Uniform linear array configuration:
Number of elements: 32
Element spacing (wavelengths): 1
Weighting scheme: cosine
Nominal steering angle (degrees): -45
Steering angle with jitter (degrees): -44.936
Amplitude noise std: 0.05
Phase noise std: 0.05

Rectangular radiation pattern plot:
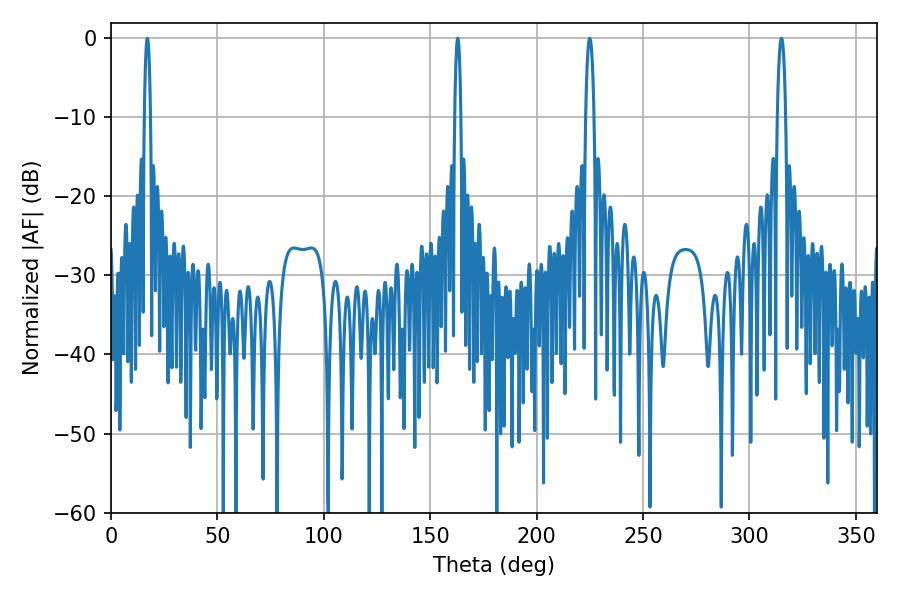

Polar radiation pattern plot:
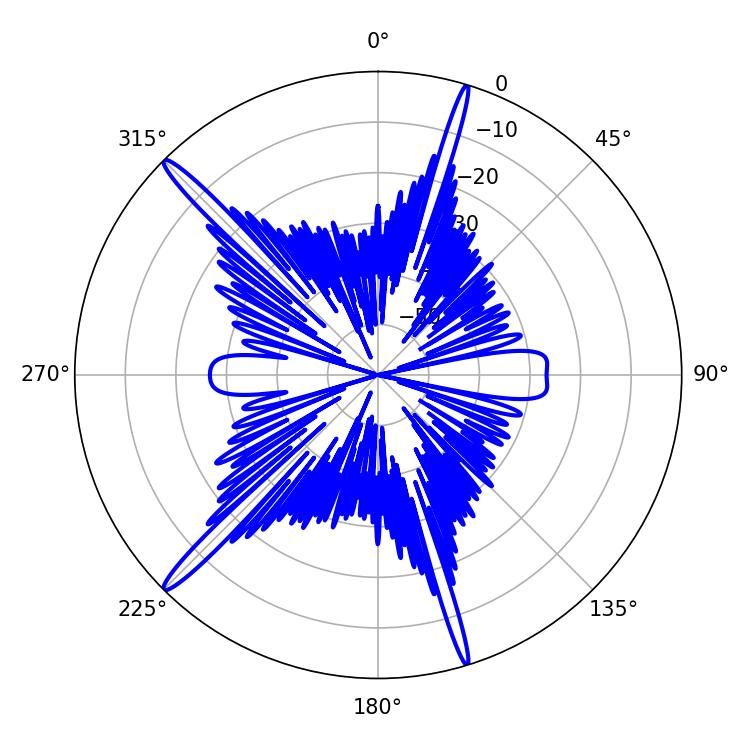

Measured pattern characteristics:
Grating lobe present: TRUE
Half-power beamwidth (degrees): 1.44
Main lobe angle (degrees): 162.9